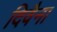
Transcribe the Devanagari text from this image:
दिवैना